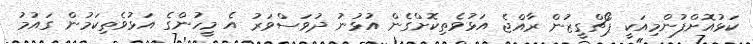
ކަޅުއޮށްފުންމިއަކީ ޕޯޗްގީޒުން ރާއްޖެ އަޅުވެތިކޮށްގެން އުޅުނު ދުވަސްވަރު އެ މީހުންގެ އަޅުވެތިކަމުން ގައުމު